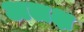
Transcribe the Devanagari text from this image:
अलक्ष